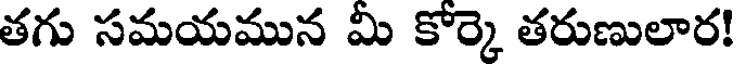
తగు సమయమున మీ కోర్కె తరుణులార!